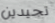
تجيدين